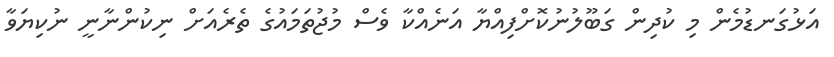
އަޅުގަނޑުމެން މި ކުދިން ގަބޫލުނުކޮށްފިއްޔާ އަނެއްކާ ވެސް މުޖުތަމައުގެ ތެރެއަށް ނިކުންނާނީ ނުކިޔަވާ